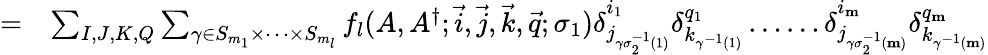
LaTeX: \begin{array}{rl}{=}&{\sum_{I,J,K,Q}\sum_{\gamma\in S_{m_{1}}\times\dots\times S_{m_{l}}}f_{l}(A,A^{\dagger};\vec{i},\vec{j},\vec{k},\vec{q};\sigma_{1})\delta_{j_{\gamma\sigma_{2}^{-1}(1)}}^{i_{1}}\delta_{k_{\gamma^{-1}(1)}}^{q_{1}}\dots\dots\delta_{j_{\gamma\sigma_{2}^{-1}(\mathbf{m})}}^{i_{\mathbf{m}}}\delta_{k_{\gamma^{-1}(\mathbf{m})}}^{q_{\mathbf{m}}}}\end{array}